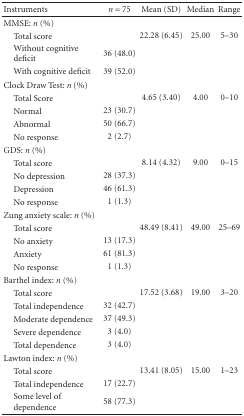
| Instruments | n = 75 | Mean (SD) | Median | Range |
 | --- | --- | --- | --- | --- |
 | MMSE: n (%) |  |  |  |  |
 | Total score |  | 22.28 (6.45) | 25.00 | 5–30 |
 | Without cognitivedeficit | 36 (48.0) |  |  |  |
 | With cognitive deficit | 39 (52.0) |  |  |  |
 | Clock Draw Test: n (%) |  |  |  |  |
 | Total Score |  | 4.65 (3.40) | 4.00 | 0–10 |
 | Normal | 23 (30.7) |  |  |  |
 | Abnormal | 50 (66.7) |  |  |  |
 | No response | 2 (2.7) |  |  |  |
 | GDS: n (%) |  |  |  |  |
 | Total score |  | 8.14 (4.32) | 9.00 | 0–15 |
 | No depression | 28 (37.3) |  |  |  |
 | Depression | 46 (61.3) |  |  |  |
 | No response | 1 (1.3) |  |  |  |
 | Zung anxiety scale: n (%) |  |  |  |  |
 | Total score |  | 48.49 (8.41) | 49.00 | 25–69 |
 | No anxiety | 13 (17.3) |  |  |  |
 | Anxiety | 61 (81.3) |  |  |  |
 | No response | 1 (1.3) |  |  |  |
 | Barthel index: n (%) |  |  |  |  |
 | Total score |  | 17.52 (3.68) | 19.00 | 3–20 |
 | Total independence | 32 (42.7) |  |  |  |
 | Moderate dependence | 37 (49.3) |  |  |  |
 | Severe dependence | 3 (4.0) |  |  |  |
 | Total dependence | 3 (4.0) |  |  |  |
 | Lawton index: n (%) |  |  |  |  |
 | Total score |  | 13.41 (8.05) | 15.00 | 1–23 |
 | Total independence | 17 (22.7) |  |  |  |
 | Some level ofdependence | 58 (77.3) |  |  |  |